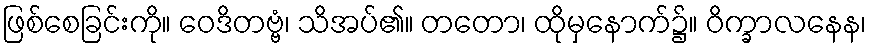
ဖြစ်စေခြင်းကို။ ဝေဒိတဗ္ဗံ၊ သိအပ်၏။ တတော၊ ထိုမှနောက်၌။ ဝိက္ခာလနေန၊